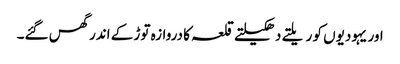
اور یہودیوں کو ریلتے دھکیلتے قلعہ کا دروازہ توڑ کے اندر گھس گئے۔